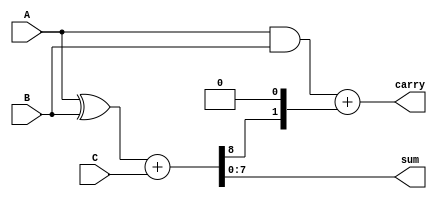
module MCSA #(parameter WIDTH = 8) (
    input  wire [WIDTH-1:0] A,
    input  wire [WIDTH-1:0] B,
    input  wire [WIDTH-1:0] C,
    output wire [WIDTH-1:0] sum,
    output wire [WIDTH:0]   carry
);

// Internal wires for partial sums and carries
wire [WIDTH:0] P1, P2, P3; // P1 = A + B, P2 = P1 + C
wire [WIDTH:0] S1, C1;     // S1 = sum of A and B, C1 = carry of A and B
wire [WIDTH-1:0] S_final;  // Final sum output

// Stage 1: Calculate partial sum and carry for A and B
assign P1 = {1'b0, A} ^ {1'b0, B}; // XOR for sum
assign C1 = {1'b0, A} & {1'b0, B}; // AND for carry

// Stage 2: Calculate partial sum and carry for result of Stage 1 with C
assign P2 = P1 + {1'b0, C}; // Sum with C
assign S1 = P2[WIDTH-1:0];  // Final sum from Stage 2
assign C2 = P2[WIDTH];      // Carry out from Stage 2

// Final carry output (2 bits for carry)
assign carry = C1 + {C2, 1'b0}; // Combine carry outputs

// Final output assignments
assign sum = S1;

endmodule